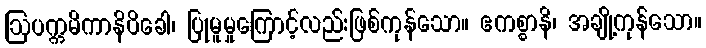
ဩပက္ကမိကာနိပိခေါ၊ ပြုမူမှုကြောင့်လည်းဖြစ်ကုန်သော။ ဧကစ္စာနိ၊ အချို့ကုန်သော။